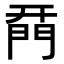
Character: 𨴚